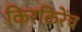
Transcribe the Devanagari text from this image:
किरकिरेंच